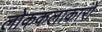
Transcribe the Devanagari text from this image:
लोककलाकारों